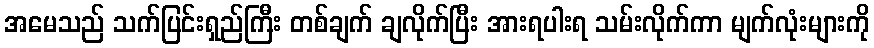
အမေသည် သက်ပြင်းရှည်ကြီး တစ်ချက် ချလိုက်ပြီး အားရပါးရ သမ်းလိုက်ကာ မျက်လုံးများကို